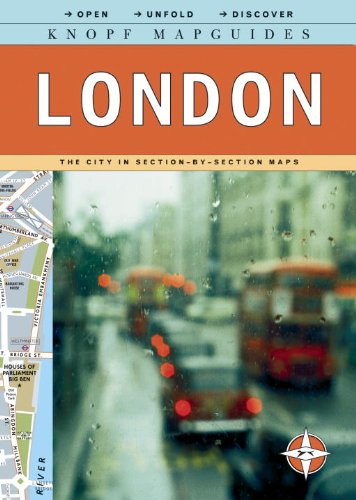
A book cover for Knopf MapGuide: London (Knopf Mapguides); Knopf Guides; Travel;